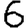
Digit: 6